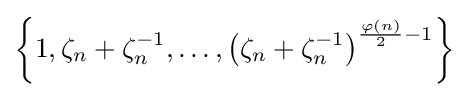
\left\{1,\zeta _{n}+\zeta _{n}^{-1},\ldots ,\left(\zeta _{n}+\zeta _{n}^{-1}\right)^{{\frac {\varphi (n)}{2}}-1}\right\}